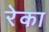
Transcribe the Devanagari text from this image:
रेका